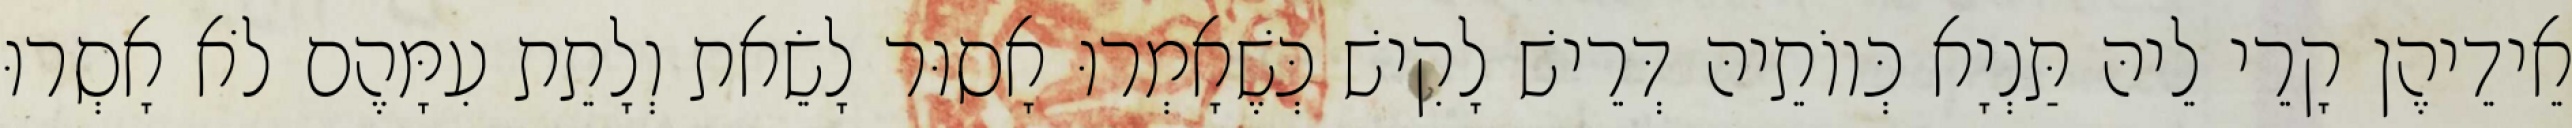
אֵידֵיהֶן קָרֵי לֵיהּ תַּנְיָא כְּווֹתֵיהּ דְּרֵישׁ לָקִישׁ כְּשֶׁאָמְרוּ אָסוּר לָשֵׂאת וְלָתֵת עִמָּהֶם לֹא אָסְרוּ